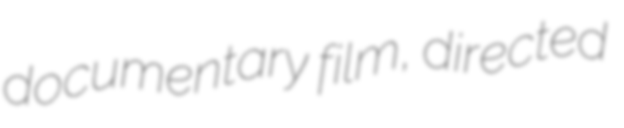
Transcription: documentary film, directed